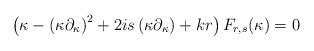
LaTeX: \begin{align*}\left( \kappa -\left( \kappa \partial _\kappa \right) ^2+2is\left( \kappa\partial _\kappa \right) +kr\right) F_{r,s}(\kappa )=0 \end{align*}